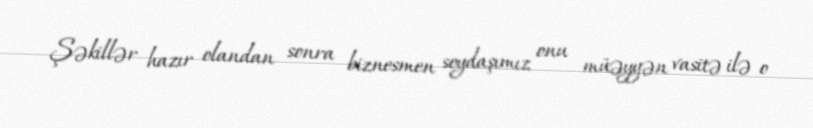
Şəkillər hazır olandan sonra biznesmen soydaşımız onu müəyyən vasitə ilə o